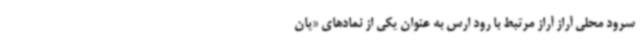
سرود محلی آراز آراز مرتبط با رود ارس به عنوان یکی از نمادهای «پان